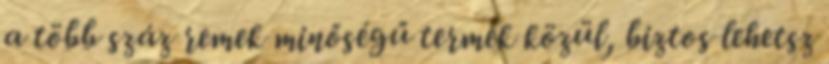
a több száz remek minőségű termék közül, biztos lehetsz